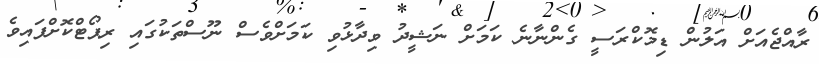
ރާއްޖެއަށް އަލުން ޑިމޮކްރަސީ ގެންނާނެ ކަމަށް ނަޝީދު ވިދާޅުވި ކަމަށްވެސް ނޫސްތަކުގައި ރިޕޯޓްކޮށްފައިވެ